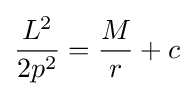
{\frac {L^{2}}{2p^{2}}}={\frac {M}{r}}+c